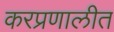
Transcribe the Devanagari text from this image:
करप्रणालीत